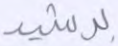
برشيد